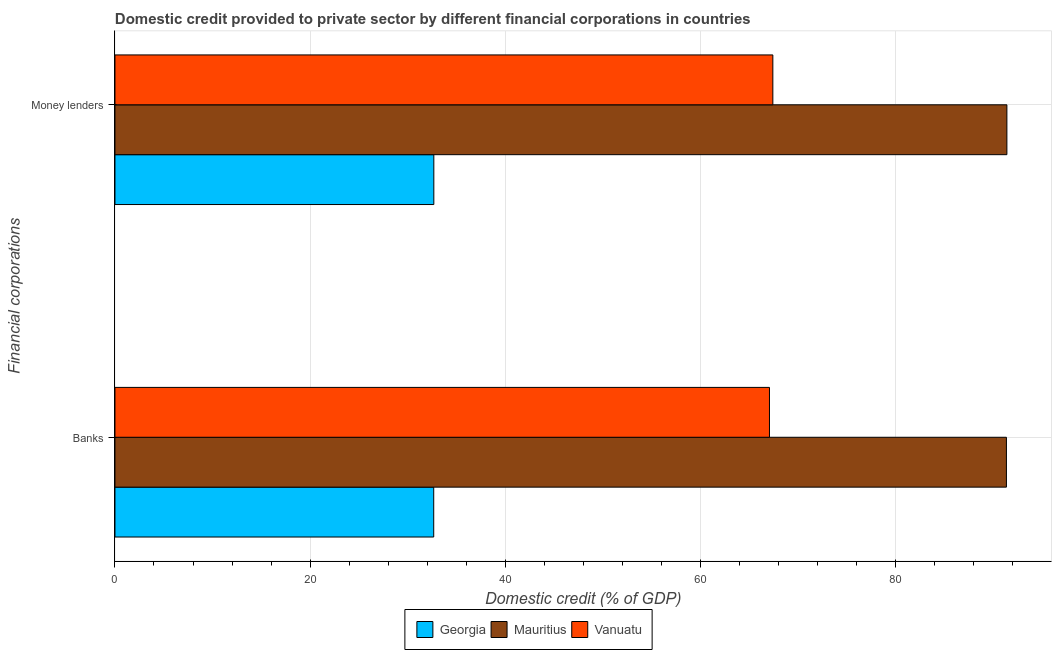
| Financial corporations | Georgia | Mauritius | Vanuatu |
 | --- | --- | --- | --- |
 | Banks | 32.7 | 91.4 | 67.1 |
 | Money lenders | 32.7 | 91.4 | 67.4 |